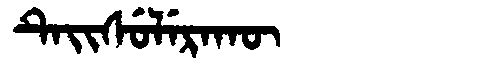
Manchu: ᡨᡝᡳᠰᡠᠯᡝᡵᠠᡴᡡ
Romanization: TEISULERAKŪ